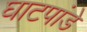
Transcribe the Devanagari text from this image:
घाटपांडे